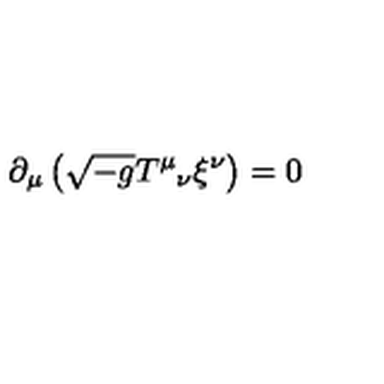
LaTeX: \partial _ { \mu } \left( \sqrt { - g } T ^ { \mu } { } _ { \nu } \xi ^ { \nu } \right) = 0